画像に写った文字を読んでください
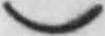
「)」と書いてあります